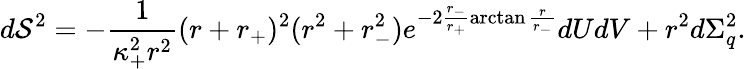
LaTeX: d\mathcal{S}^{2}=-\frac{{1}}{{\kappa_{+}^{2}r^{2}}}(r+r_{+})^{2}(r^{2}+r_{-}^{2})e^{-2\frac{{r_{-}}}{{r_{+}}}\arctan\frac{{r}}{{r_{-}}}}dUdV+r^{2}d\Sigma_{q}^{2}.